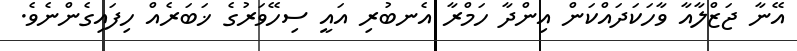
އޭނާ ޖަޒްލާއާ ވާހަކަދައްކަން އިންދާ ހަމްރާ އެނބުރި އައީ ސިހޭވަރުގެ ޚަބަރެއް ހިފައިގެންނެވެ.